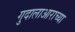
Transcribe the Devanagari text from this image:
गुदालाआराच्या